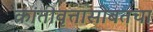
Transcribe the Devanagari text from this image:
क्रांतीवृत्तासोबतचा